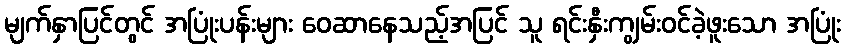
မျက်နှာပြင်တွင် အပြုံးပန်းများ ဝေဆာနေသည့်အပြင် သူ ရင်းနှီးကျွမ်းဝင်ခဲ့ဖူးသော အပြုံး